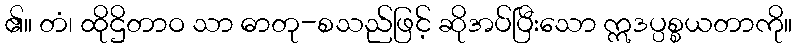
၏။ တံ၊ ထိုဌိတာဝ သာ ဓာတု-စသည်ဖြင့် ဆိုအပ်ပြီးသော ဣဒပ္ပစ္စယတာကို။